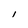
Character: 1